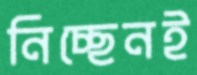
নিচ্ছেনই